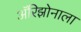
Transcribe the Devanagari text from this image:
अॅरिझोनाला